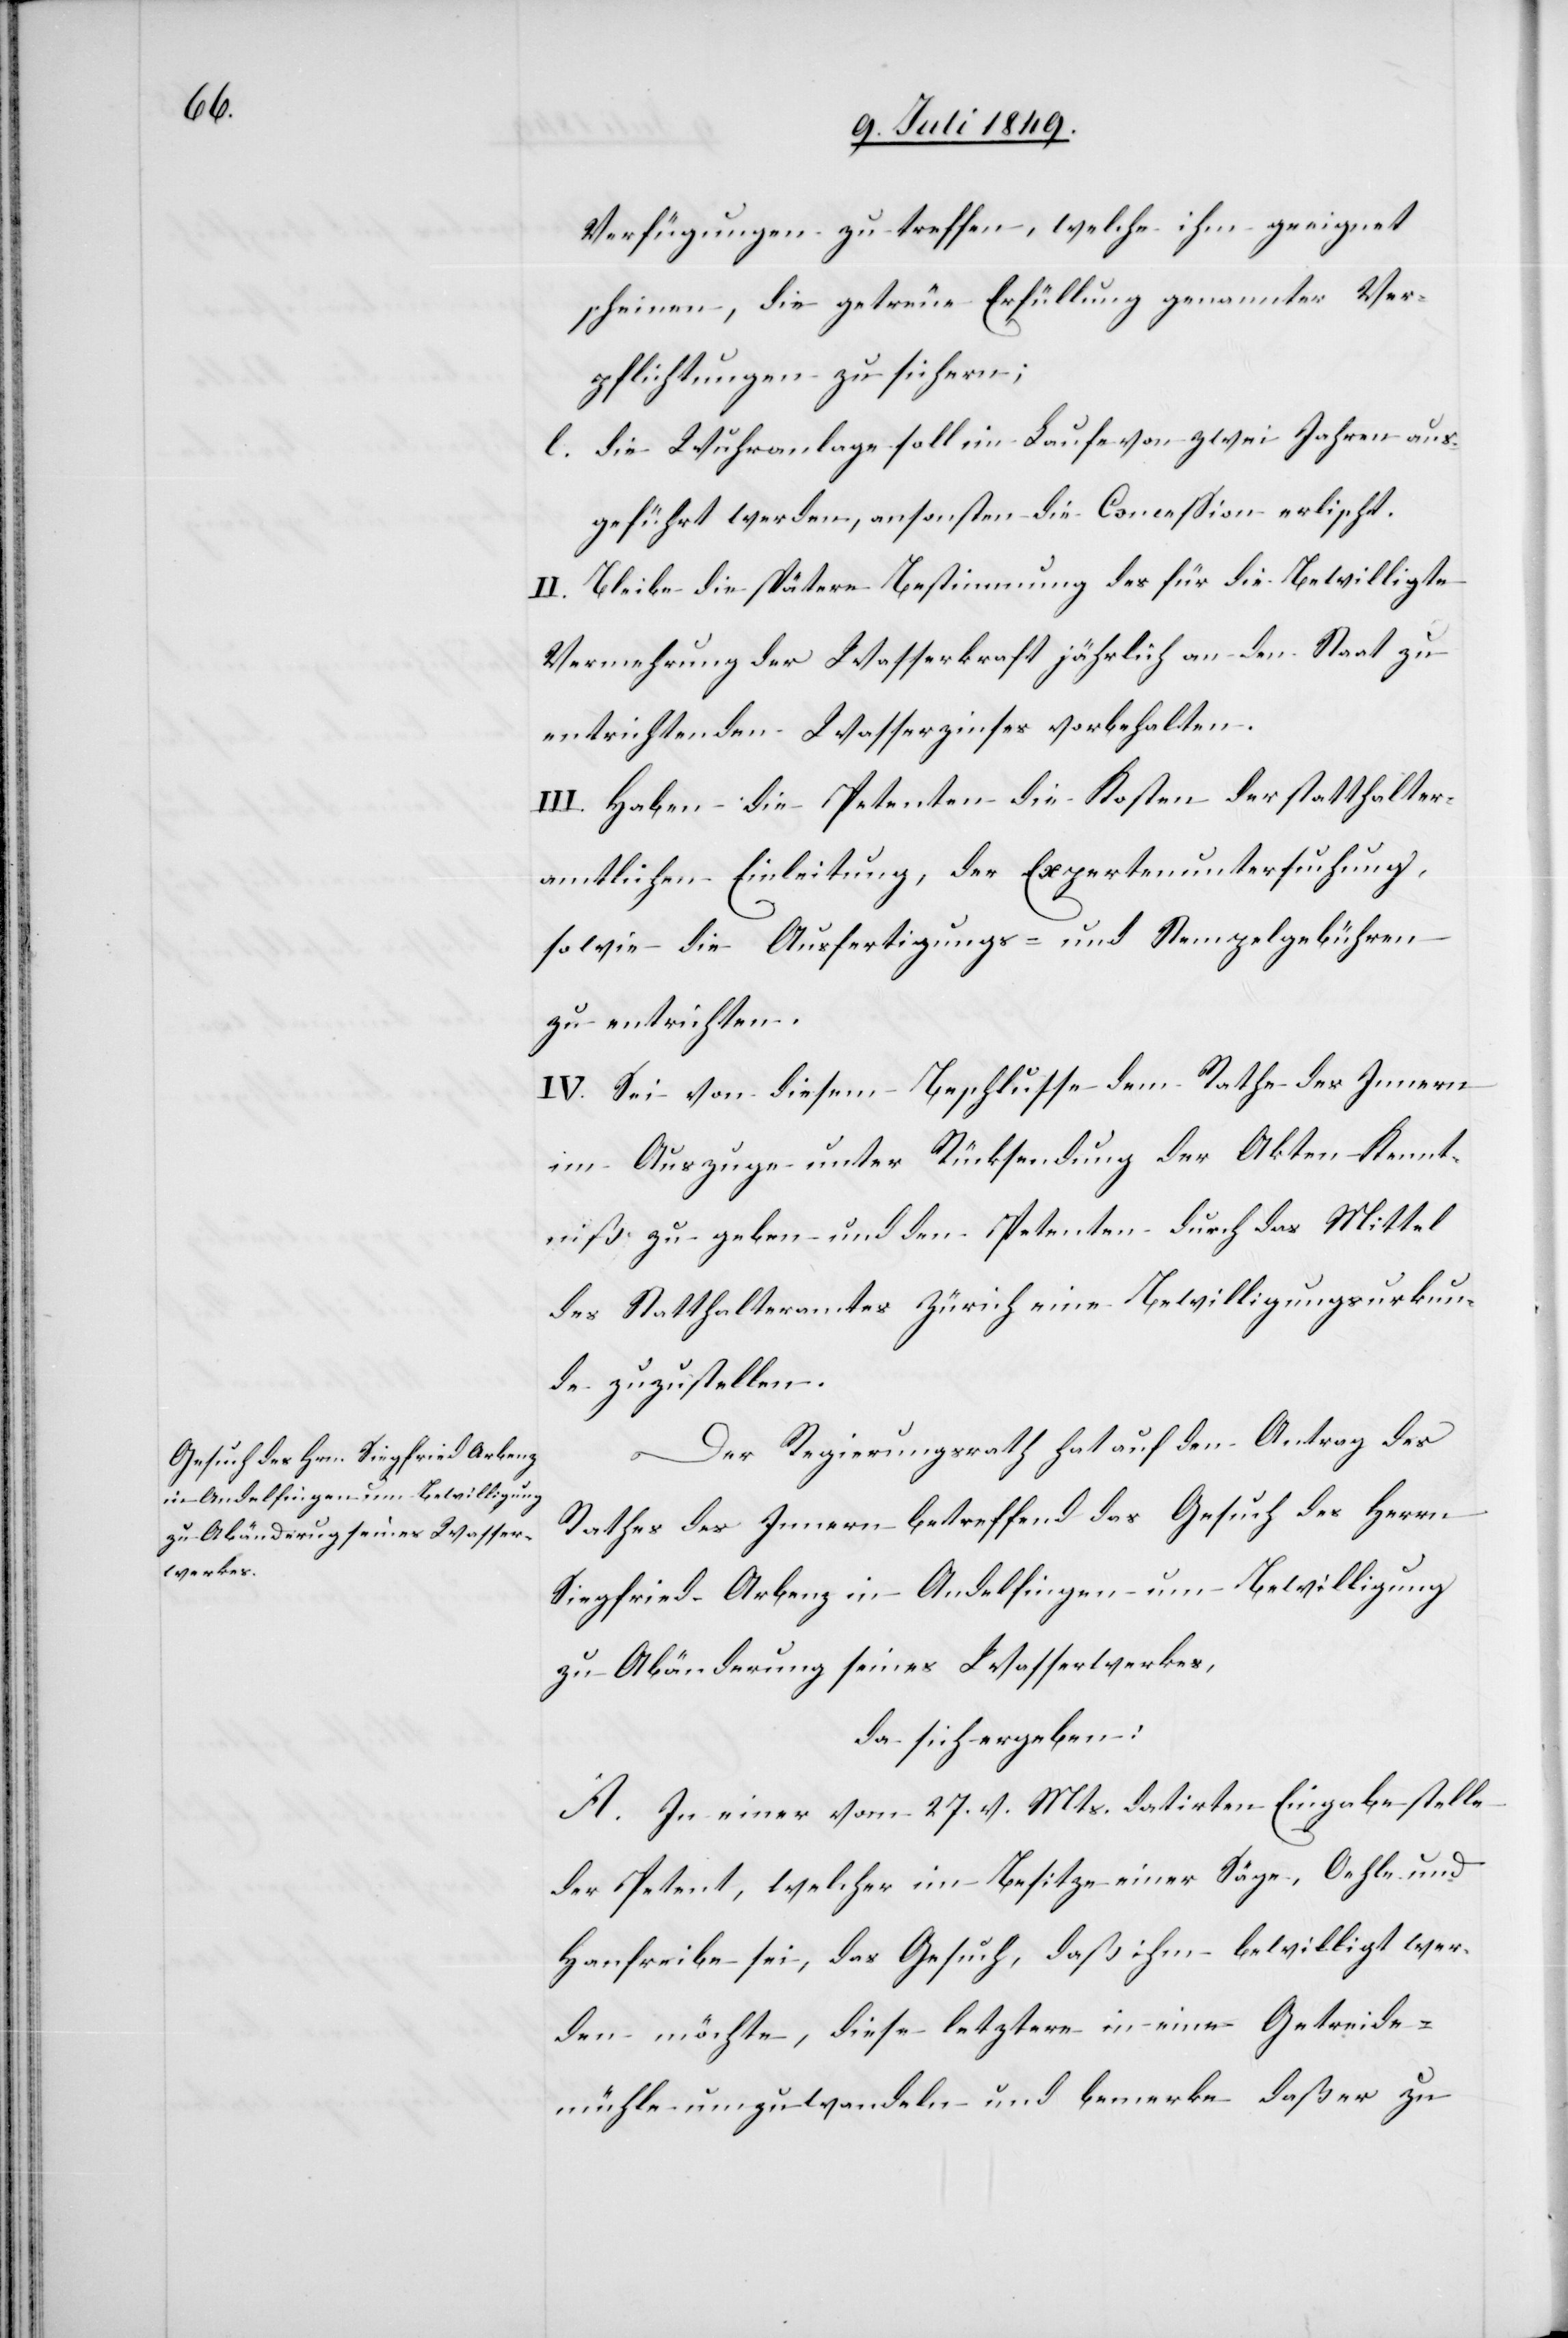
Verfügungen zu treffen, welche ihm geeignet
scheinen, die getreue Erfüllung genannter Ver¬
pflichtungen zu sichern;
l. die Wuhranlage soll im Laufe von zwei Jahren aus¬
geführt werden, ansonsten die Concession erlischt.
II. Bleibe die spätere Bestimmung des für die Bewilligte
Vermehrung der Wasserkraft jährlich an den Staat zu
entrichtenden Wasserzinses vorbehalten.
III. Haben die Petenten die Kosten der statthalter¬
amtlichen Einleitung, der Expertenuntersuchung,
sowie die Ausfertigungs- und Stempelgebühren
zu entrichten.
IV. Sei von diesem Beschlusse dem Rathe des Innern
im Auszuge unter Rücksendung der Akten Kennt¬
niß zu geben und den Petenten durch das Mittel
des Statthalteramtes Zürich eine Bewilligungsurkun¬
de zuzustellen.
Der Regierungsrath hat auf den Antrag des
Rathes des Innern betreffend das Gesuch des Herrn
Siegfried Arbenz in Andelfingen um Bewilligung
zu Abänderung seines Wasserwerkes,
da sich ergeben:
A. In einer vom 27. v. Mts. datirten Eingabe stelle
der Petent, welcher im Besitze einer Säge, Oehle und
Hanfreibe sei, das Gesuch, daß ihm bewilligt wer¬
den möchte, diese letztere in eine Getreide¬
mühle umzuwandeln und bemerke daß er zu